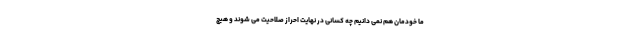
ما خودمان هم نمی دانیم چه کسانی در نهایت احراز صلاحیت می شوند و هیچ